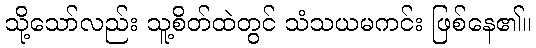
သို့သော်လည်း သူ့စိတ်ထဲတွင် သံသယမကင်း ဖြစ်နေ၏။